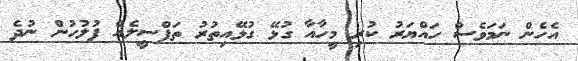
އެހެން ނަމަވެސް ހައްޔަރު ކުރި މީހާއާ ގުޅޭ ގުޅޭއިތުރު ތަފްސީލެއް ފުލުހުން ނުދެ